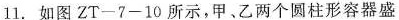
l1.如图ZT-7-10所示，甲。乙两个圆柱形容器盛